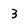
Character: 3